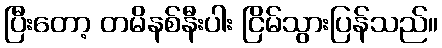
ပြီးတော့ တမိနစ်နီးပါး ငြိမ်သွားပြန်သည်။